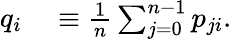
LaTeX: \begin{array}{rl}{q_{i}}&{{}\equiv\frac{1}{n}\sum_{j=0}^{n-1}p_{ji}.}\end{array}